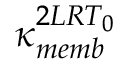
\kappa _ { m e m b } ^ { 2 L R T _ { 0 } }